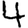
Digit: 4